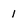
Character: 1